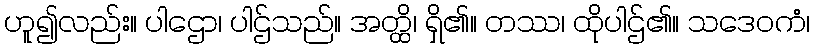
ဟူ၍လည်း။ ပါဌော၊ ပါဌ်သည်။ အတ္ထိ၊ ရှိ၏။ တဿ၊ ထိုပါဌ်၏။ သဒေဝကံ၊